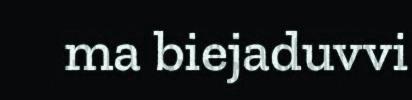
ma biejaduvvi